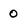
Character: 0